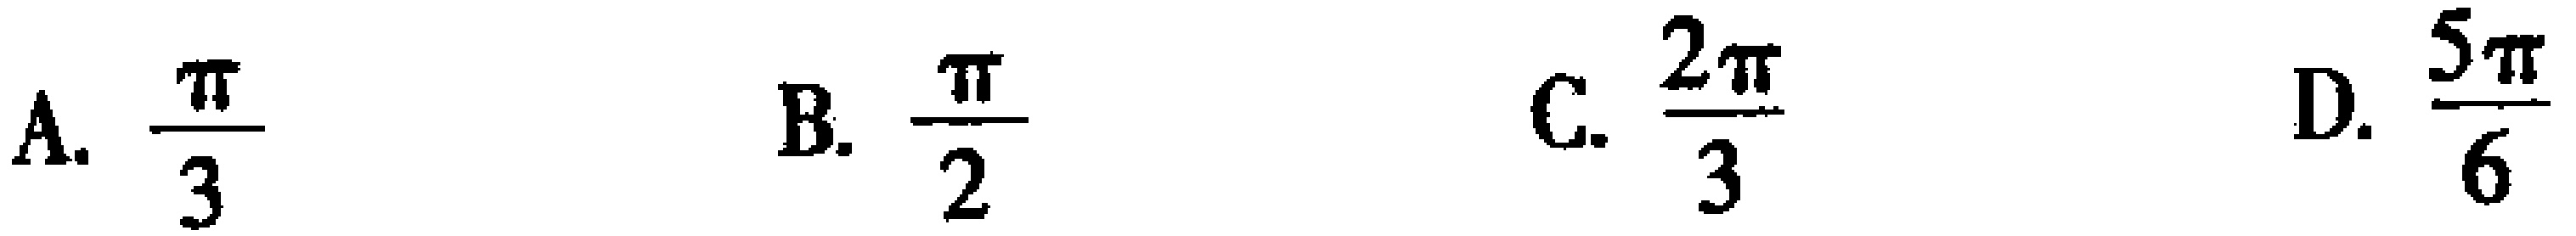
A. $\frac{\pi}{3}$  B. $\frac{\pi}{2}$  C. $\frac{2\pi}{3}$  D. $\frac{5\pi}{6}$